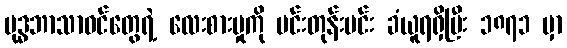
ဗုဒ္ဓဘာသာဝင်တွေရဲ့ လေးစားမှုကို မင်းတုန်းမင်း ခံယူရရှိပြီး ၁၈၇၁ မှာ